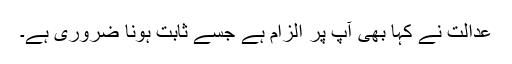
عدالت نے کہا بھی آپ پر الزام ہے جسے ثابت ہونا ضروری ہے۔